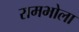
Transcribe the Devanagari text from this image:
रामभोला